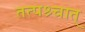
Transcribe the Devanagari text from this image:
तत्पश्र्चात्